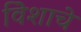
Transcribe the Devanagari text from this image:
विेशाचे